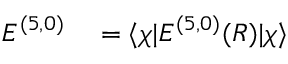
\begin{array} { r l } { E ^ { ( 5 , 0 ) } } & { { } = \langle \chi \lvert { \cal { E } } ^ { ( 5 , 0 ) } ( R ) \rvert \chi \rangle } \end{array}